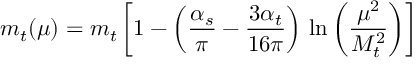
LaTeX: m _ { t } ( \mu ) = m _ { t } \left[ 1 - \left( { \frac { \alpha _ { s } } { \pi } } - { \frac { 3 \alpha _ { t } } { 1 6 \pi } } \right) \, \ln \left( { \frac { \mu ^ { 2 } } { M _ { t } ^ { 2 } } } \right) \right]